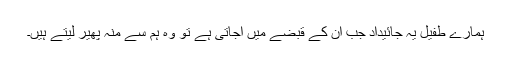
ہمارے طفیل یہ جائیداد جب ان کے قبضے میں آجاتی ہے تو وہ ہم سے منہ پھیر لیتے ہیں۔